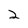
Character: 2